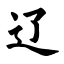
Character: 辽